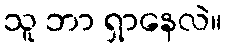
သူ ဘာ ရှာနေလဲ။